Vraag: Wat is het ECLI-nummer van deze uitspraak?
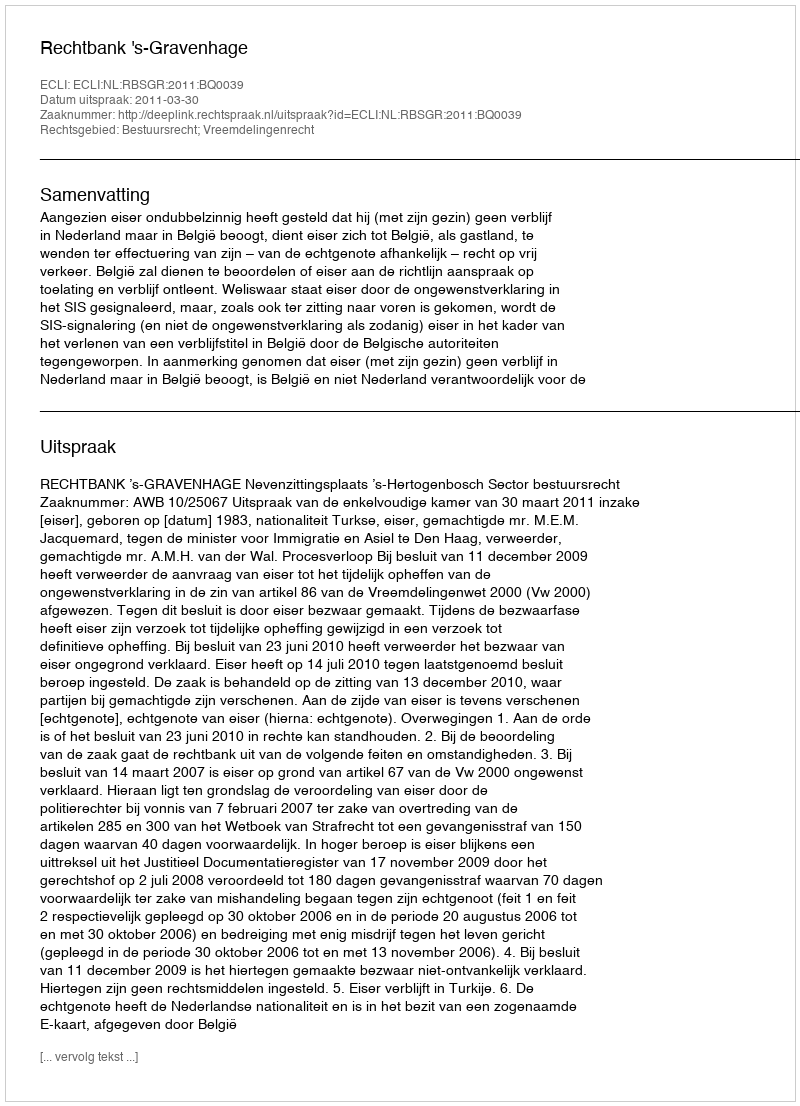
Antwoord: ECLI:NL:RBSGR:2011:BQ0039